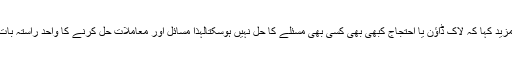
انہوں نے مزید کہا کہ لاک ڈاؤن یا احتجاج کبھی بھی کسی بھی مسئلے کا حل نہیں ہوسکتالہذا مسائل اور معاملات حل کرنے کا واحد راستہ بات چیت ہے۔